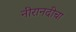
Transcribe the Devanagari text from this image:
नीरानदीचा